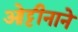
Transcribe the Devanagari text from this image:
ओट्टीनाने